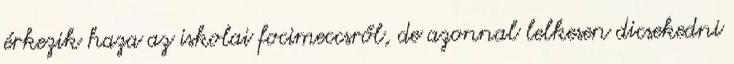
érkezik haza az iskolai focimeccsről, de azonnal lelkesen dicsekedni